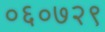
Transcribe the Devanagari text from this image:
०६०७२९